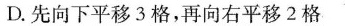
D.先向下平移3格，再向右平移2格